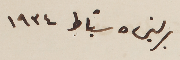
برلين ٥ شباط ١٩٣٤